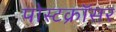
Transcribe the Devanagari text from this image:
पोस्टक्रॉसर